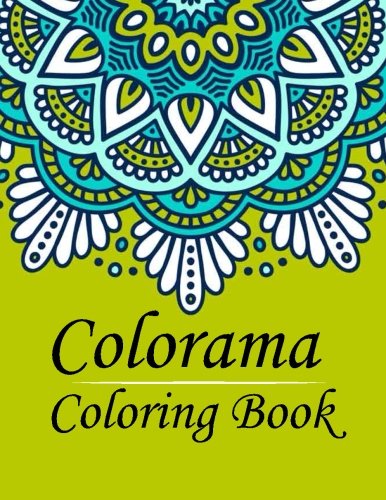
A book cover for Colorama Coloring Book: Stress Relieving Patterns : Coloring Books For Adults, coloring books for adults relaxation, coloring book for grown ups (Volume 9); Colorama Coloring Book; Arts & Photography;